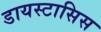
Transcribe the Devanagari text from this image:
डायस्टासिस